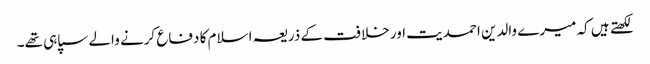
لکھتے ہیں کہ میرے والدین احمدیت اور خلافت کے ذریعہ اسلام کا دفاع کرنے والے سپاہی تھے۔